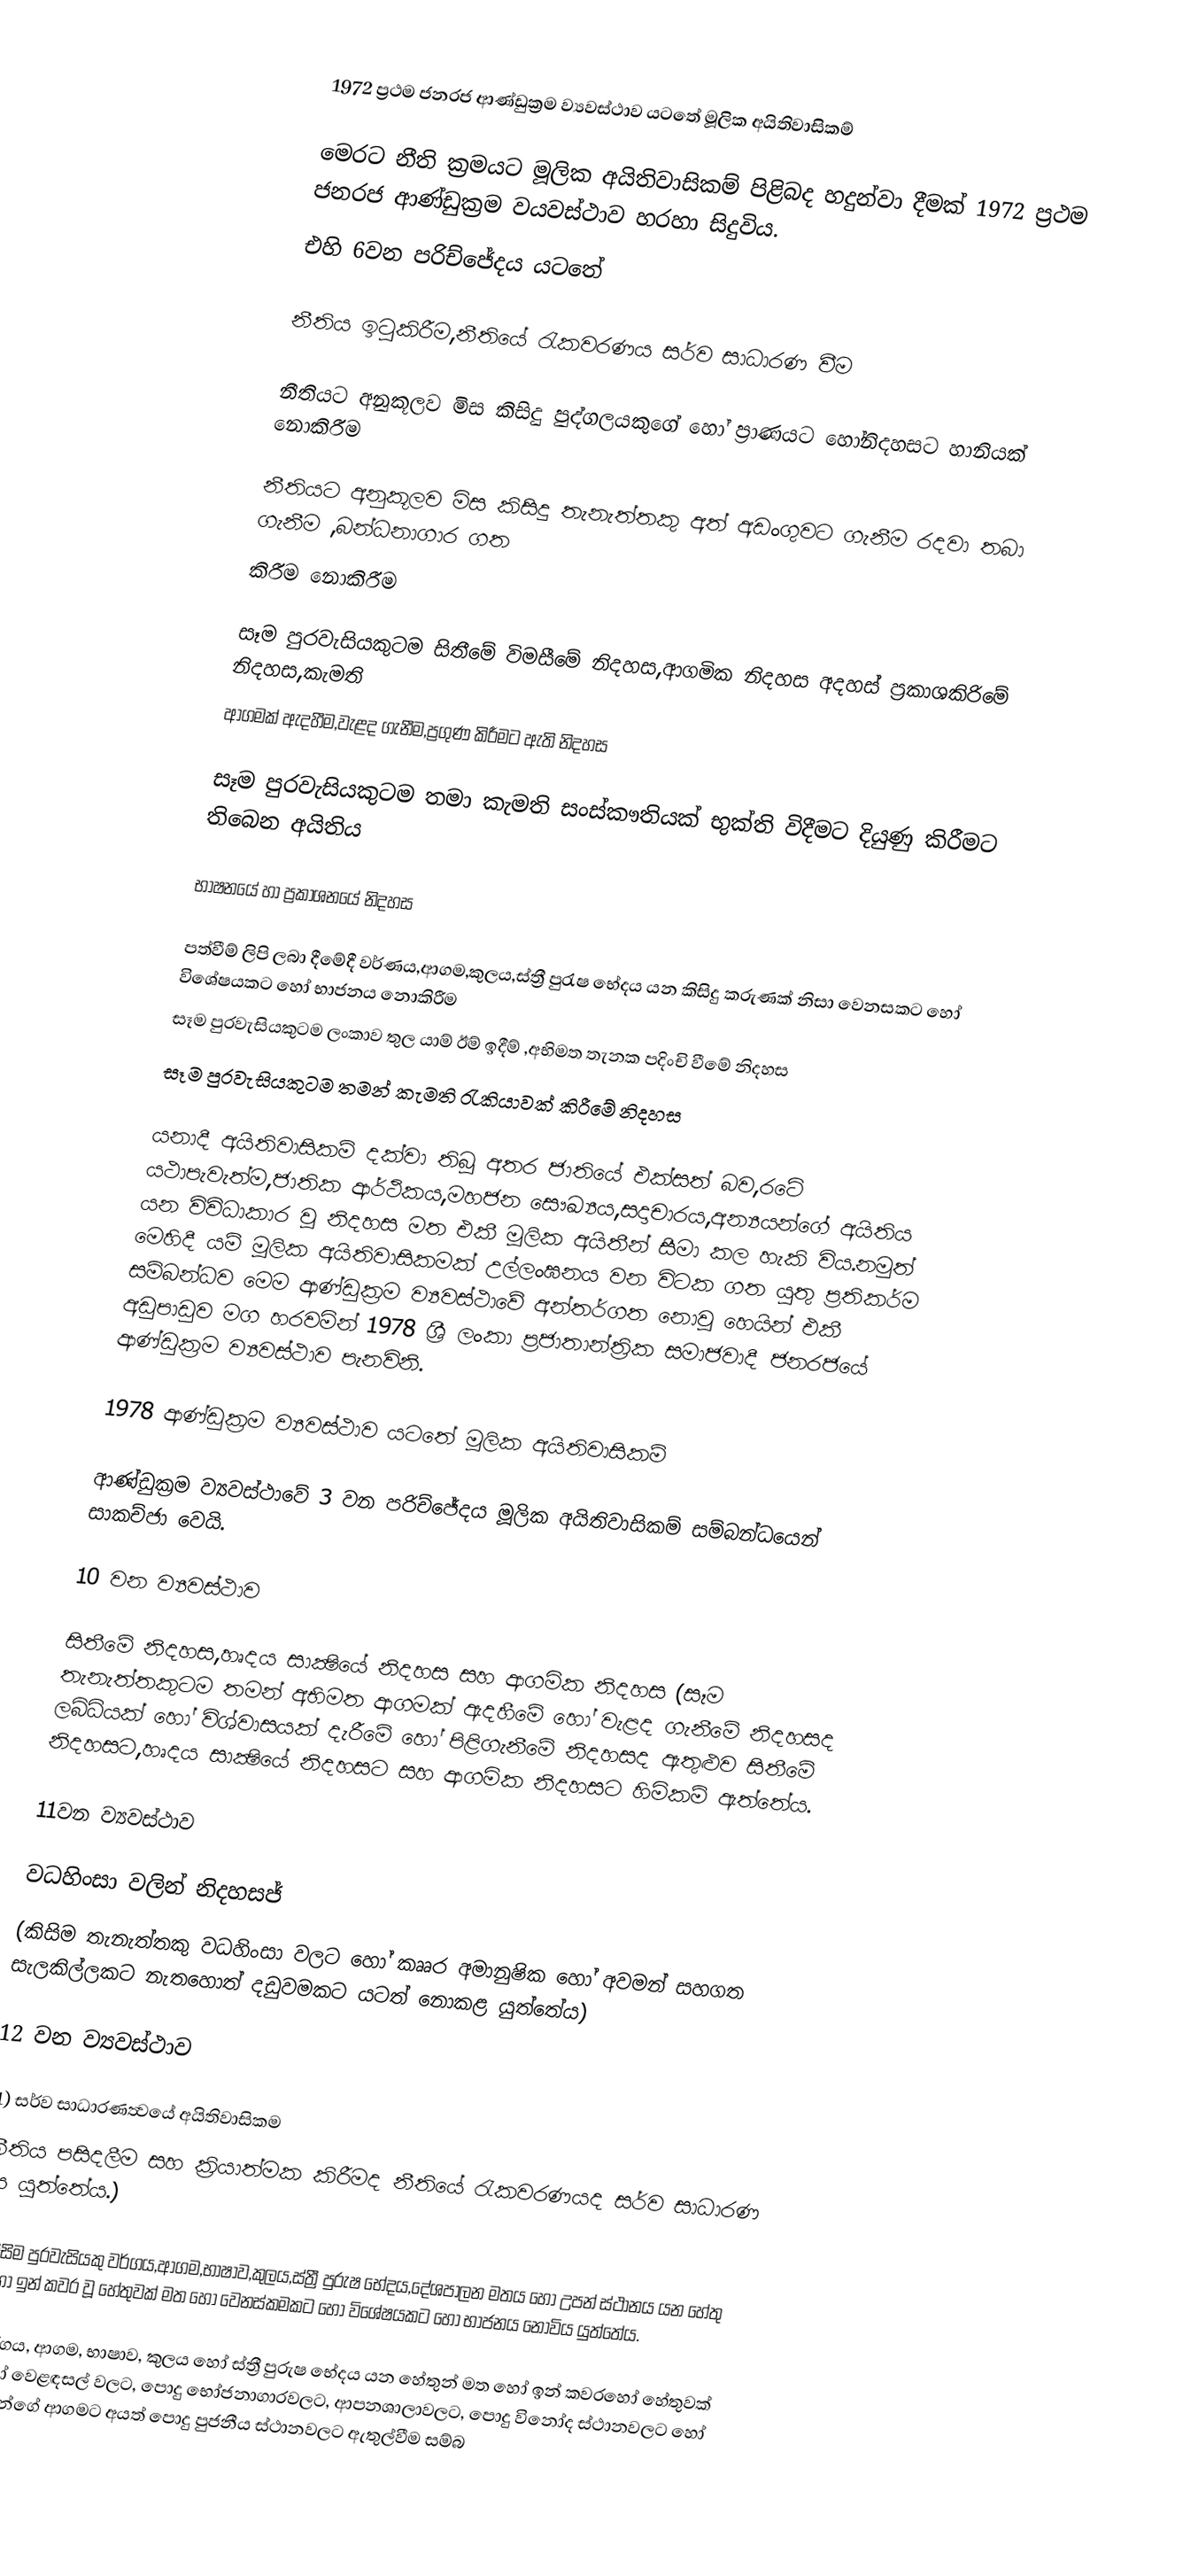

1972 ප්‍රථම ජනරජ ආණ්ඩුක්‍රම ව්‍යවස්ථාව යටතේ මූලික අයිතිවාසිකම්

මෙරට නීති ක්‍රමයට මූලික අයිතිවාසිකම් පිළිබද හදුන්වා දීමක් 1972 ප්‍රථම ජනරජ ආණ්ඩුක්‍රම වයවස්ථාව හරහා සිදුවිය.
එහි 6වන පරිච්ජේදය යටතේ

නීතිය ඉටුකිරීම,නීතියේ රැකවරණය සර්ව සාධාරණ වීම

නීතියට අනුකූලව මිස කිසිදු පුද්ගලයකුගේ හෝ ප්‍රාණයට හෝනිදහසට හානියක් නොකිරීම

නීතියට අනුකූලව මිස කිසිදු තැනැත්තකු අත් අඩංගුවට ගැනීම රදවා තබා ගැනීම ,බන්ධනාගාර ගත
කිරීම නොකිරීම

සෑම පුරවැසියකුටම සිතීමේ විමසීමේ නිදහස,ආගමික නිදහස අදහස් ප්‍රකාශකිරිමේ නිදහස,කැමති
ආගමක් ඇදහීම,වැළද ගැනීම,ප්‍රගුණ කිරීමට ඇති නිදහස

සෑම පුරවැසියකුටම තමා කැමති සංස්කෟතියක් භුක්ති විදීමට දියුණු කිරීමට තිබෙන අයිතිය

භාෂනයේ හා ප්‍රකාශනයේ නිදහස

පත්වීම් ලිපි ලබා දීමේදී වර්ණය,ආගම,කුලය,ස්ත්‍රී පුරැෂ භේදය යන කිසිදු කරුණක් නිසා වෙනසකට හෝ විශේෂයකට හෝ භාජනය නොකිරීම
සෑම පුරවැසියකුටම ලංකාව තුල යාම් ඊම් ඉදීම් ,අභිමත තැනක පදිංචි වීමේ නිදහස
 සෑම පුරවැසියකුටම තමන්  කැමති රැකියාවක් කිරීමේ නිදහස

යනාදී අයිතිවාසිකම් දක්වා තිබූ අතර ජාතියේ එක්සත් බව,රටේ යථාපැවැත්ම,ජාතික ආර්ථිකය,මහජන සෞඛ්‍යය,සදාචාරය,අන්‍යයන්ගේ අයිතිය යන විවිධාකාර වූ නිදහස මත එකී මූලික අයිතීන් සීමා කල හැකි විය.නමුත් මෙහිදී යම් මූලික අයිතිවාසිකමක් උල්ලංඝනය වන විටක ගත යුතු ප්‍රතිකර්ම සම්බන්ධව මෙම ආණ්ඩුක්‍රම ව්‍යවස්ථාවේ අන්තර්ගත නොවූ හෙයින් එකී අඩුපාඩුව මග හරවමින් 1978 ශ්‍රී ලංකා ප්‍රජාතාන්ත්‍රික සමාජවාදී ජනරජයේ ආණ්ඩුක්‍රම ව්‍යවස්ථාව පැනවිනි.

1978 ආණ්ඩුක්‍රම  ව්‍යවස්ථාව යටතේ මූලික අයිතිවාසිකම්

ආණ්ඩුක්‍රම ව්‍යවස්ථාවේ  3 වන පරිච්ජේදය මූලික අයිතිවාසිකම් සම්බන්ධයෙන් සාකච්ජා වෙයි.

10 වන ව්‍යවස්ථාව

සිතීමේ නිදහස,හෘදය සාක්‍ෂියේ නිදහස සහ ආගමික නිදහස (සෑම තැනැත්තකුටම තමන් අභිමත ආගමක් ඇදහීමේ හෝ වැළද ගැනීමේ නිදහසද ලබ්ධියක් හෝ විශ්වාසයක් දැරීමේ හෝ පිළිගැනීමේ නිදහසද ඇතුළුව සිතීමේ නිදහසට,හෘදය සාක්‍ෂියේ නිදහසට සහ ආගමික නිදහසට හිමිකම් ඇත්තේය.

11වන ව්‍යවස්ථාව

වධහිංසා වලින් නිදහසජ්
(කිසිම තැනැත්තකු වධහිංසා වලට හෝ කෲර අමානුෂික හෝ අවමන් සහගත සැලකිල්ලකට නැතහොත් දඩුවමකට යටත් නොකළ යුත්තේය)

12 වන ව්‍යවස්ථාව

(1) සර්ව සාධාරණත්‍වයේ අයිතිවාසිකම
(නීතිය පසිදලීම සහ ක්‍රියාත්මක කිරීමද නීතියේ රැකවරණයද සර්ව සාධාරණ විය යුත්තේය.)

(2) කීසිම පුරවැසියකු වර්ගය,ආගම,භාෂාව,කුලය,ස්ත්‍රී පුරුෂ භේදය,දේශපාලන මතය හෝ උපන් ස්ථානය යන හේතු මත හෝ ඉන් කවර වූ හේතුවක්    මත හෝ වෙනස්කමකට හෝ විශේෂයකට හෝ භාජනය නොවිය යුත්තේය.

(3) වර්ගය, ආගම, භාෂාව, කුලය හෝ ස්ත්‍රී පුරුෂ භේදය යන හේතුන් මත හෝ ඉන් කවරහෝ හේතුවක් මත හෝ වෙළඳසල් වලට, පොදු භෝජනාගාරවලට, ආපනශාලාවලට, පොදු විනෝද ස්ථානවලට හෝ තම තමන්ගේ ආගමට අයත් පොදු පුජනීය ස්ථානවලට ඇතුල්වීම සම්බ